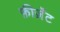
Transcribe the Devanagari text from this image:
फ़ीज़ॅंट